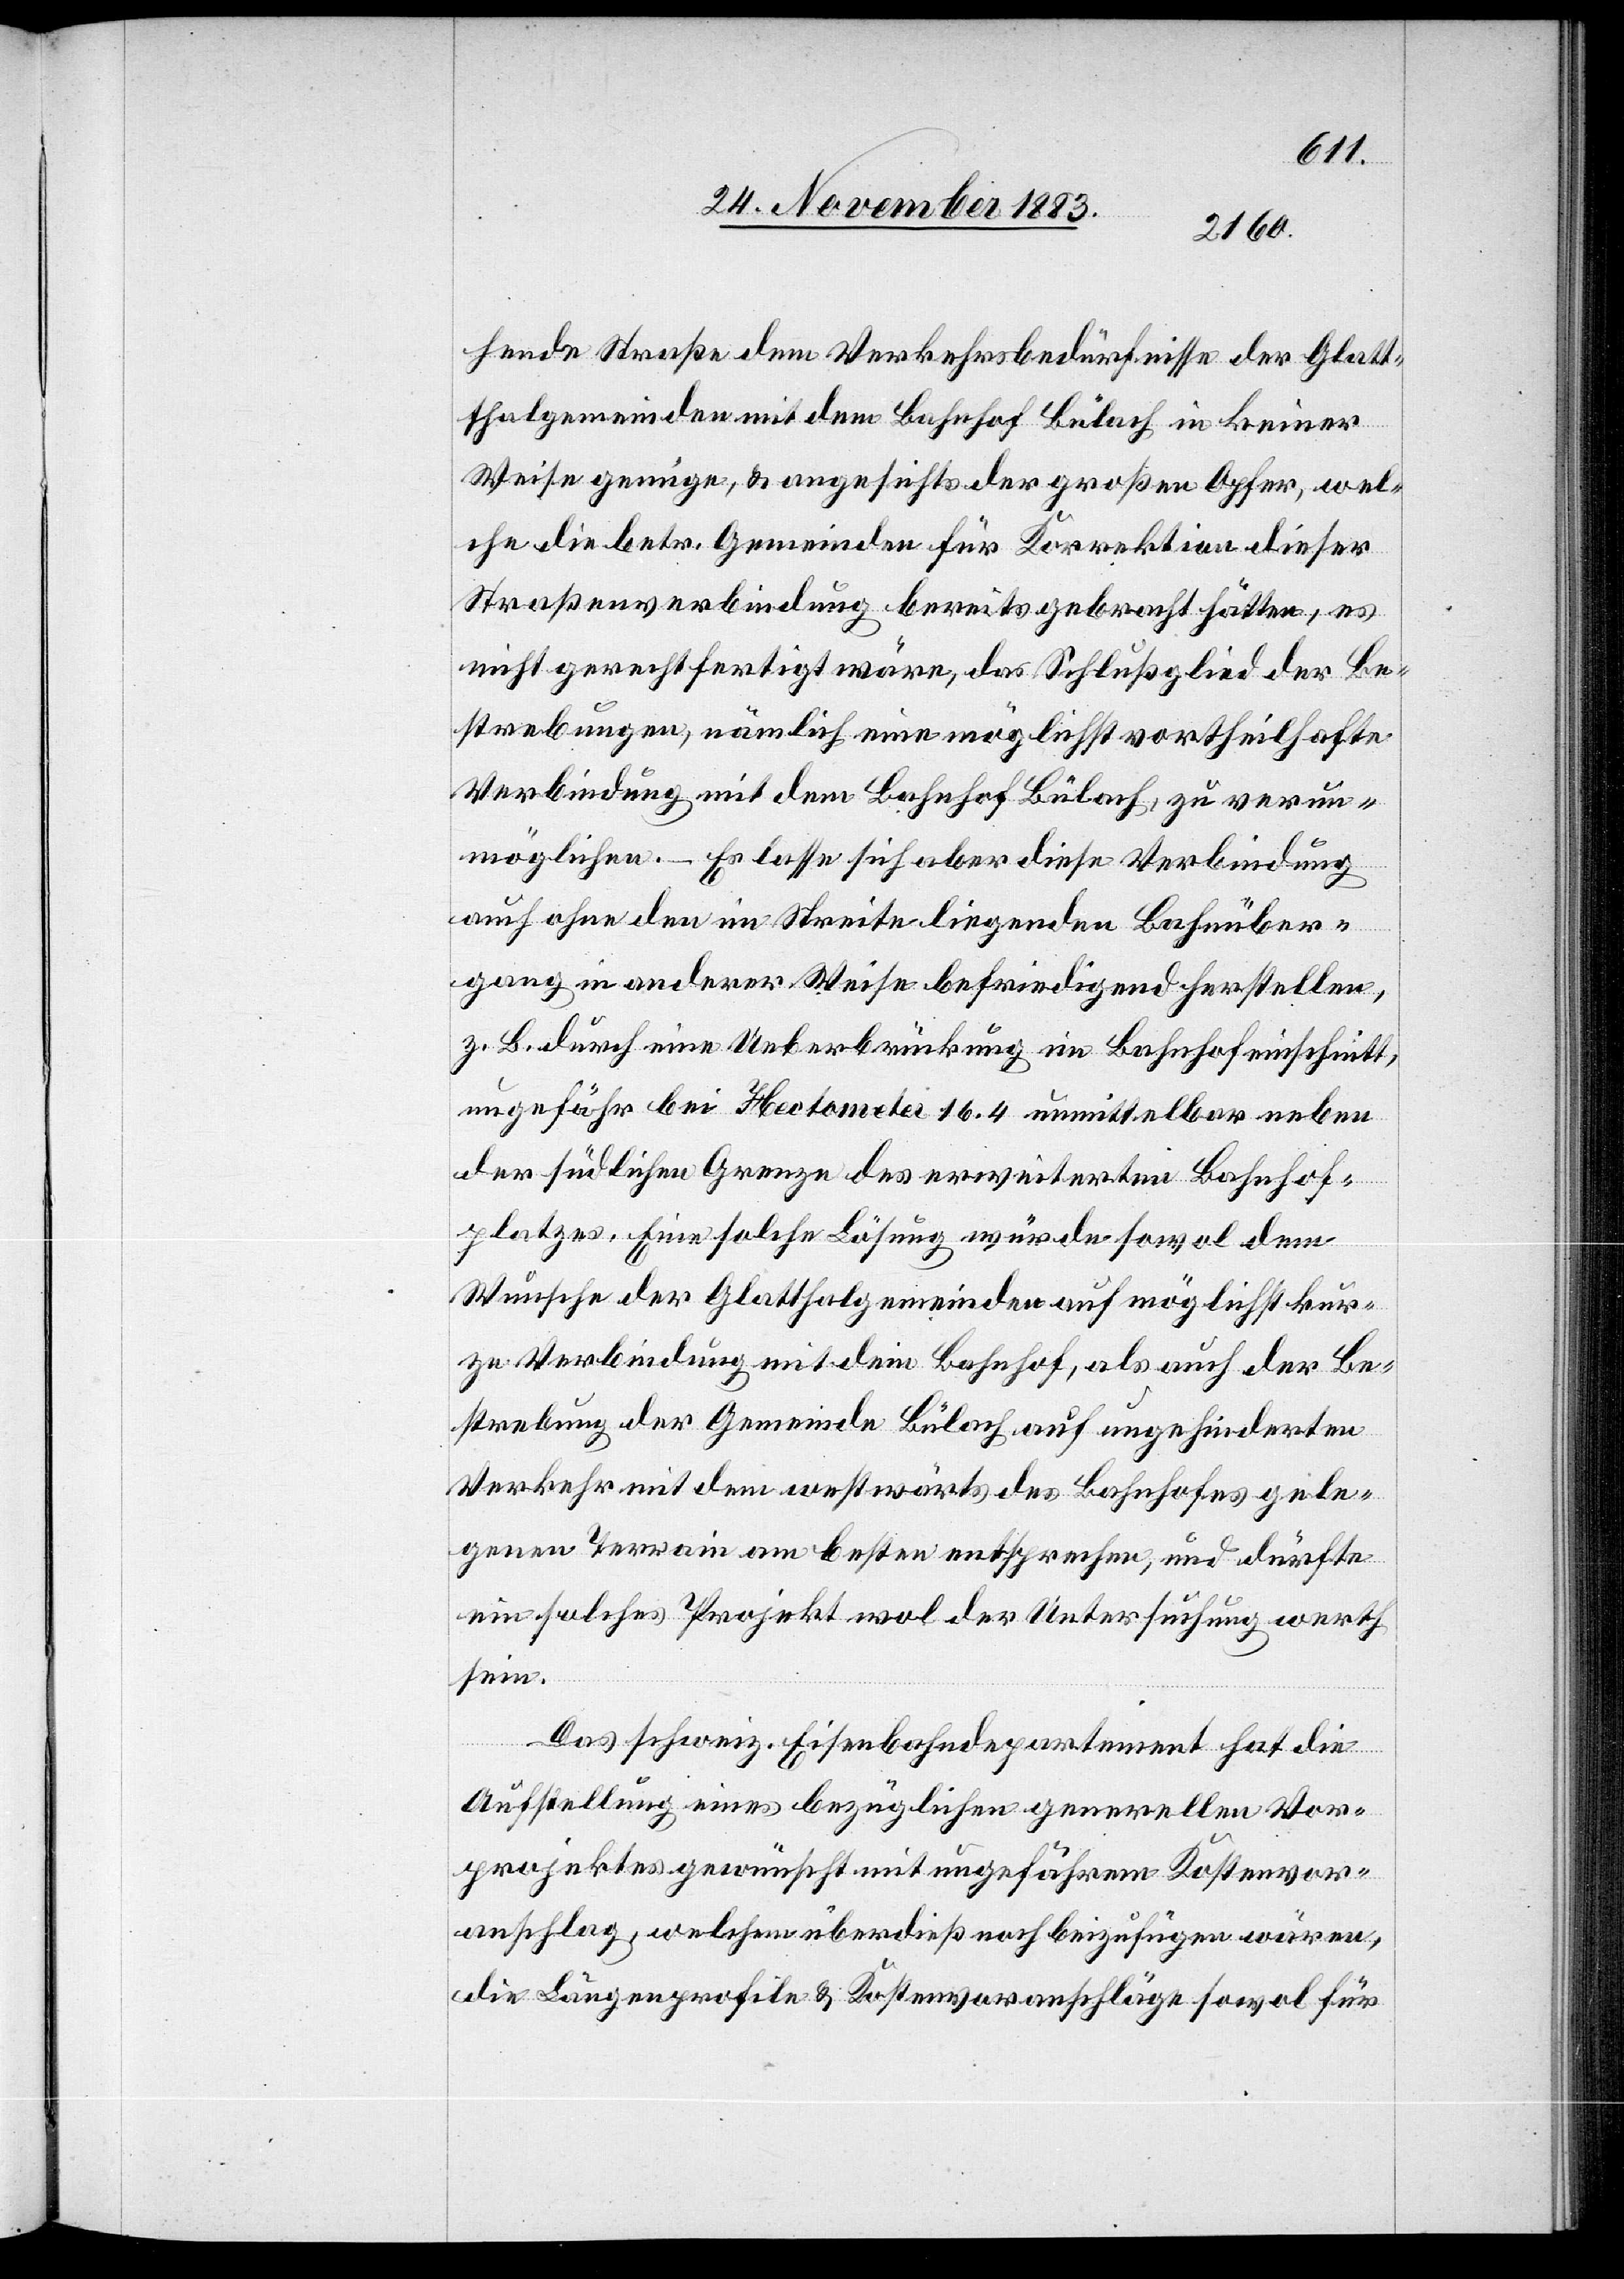
hende Straße dem Verkehrsbedürfnisse der Glatt¬
thalgemeinden mit dem Bahnhof Bülach in keiner
Weise genüge, & angesichts der großen Opfer, wel¬
che die betr. Gemeinden für Korrektion dieser
Straßenverbindung bereits gebracht hätten, es
nicht gerechtfertigt wäre, das Schlußglied der Be¬
möglichen. – Es lasse sich aber diese Verbindung
auch ohne den im Streite liegenden Bahnüber¬
gang in anderer Weise befriedigend herstellen,
z. B. durch eine Ueberbrückung im Bahnhofeinschnitt,
ungefähr bei Hectometer 16,4 unmittelbar neben
der südlichen Grenze des erweiterten Bahnhof¬
platzes. Eine solche Lösung würde sowol dem
Wunsche der Glatthalgemeinden auf möglichst kur¬
ze Verbindung mit dem Bahnhof, als auch der Be¬
strebung der Gemeinde Bülach auf ungehinderten
Verkehr mit dem westwärts des Bahnhofes gele¬
genen Terrain am besten entsprechen, und dürfte
ein solches Projekt wol der Untersuchung werth
sein.
un¬
Das schweiz. Eisenbahndepartement hat die
Aufstellung eines bezüglichen generellen Vor¬
projekt gewünscht mit ungefährem Kostenvor¬
anschlag, welchen überdieß noch beizufügen wären,
die Längenprofile & Kostenvoranschläge sowol für